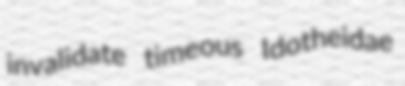
invalidate timeous Idotheidae